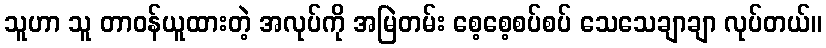
သူဟာ သူ တာဝန်ယူထားတဲ့ အလုပ်ကို အမြဲတမ်း စေ့စေ့စပ်စပ် သေသေချာချာ လုပ်တယ်။